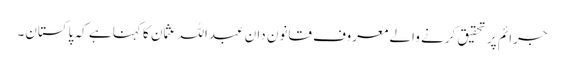
جرائم پر تحقیق کرنے والے معروف قانون دان عبداللہ عثمان کا کہنا ہے کہ پاکستان۔